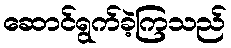
ဆောင်ရွက်ခဲ့ကြသည်